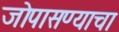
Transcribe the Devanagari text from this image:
जोपासण्याचा